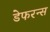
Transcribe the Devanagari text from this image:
डेफरन्स